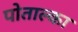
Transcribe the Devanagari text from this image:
पोताल्का